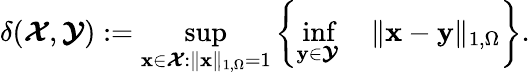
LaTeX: \delta(\boldsymbol{\mathcal{X}},\boldsymbol{\mathcal{Y}}):=\underset{\textbf{x}\in\boldsymbol{\mathcal{X}}:\| \textbf{x}\| _{1,\Omega}=1}{\operatorname*{sup}}\left\lbrace\underset{\textbf{y}\in\boldsymbol{\mathcal{Y}}}{\operatorname*{inf}}\quad\| \textbf{x}-\textbf{y}\| _{1,\Omega}\right\rbrace.